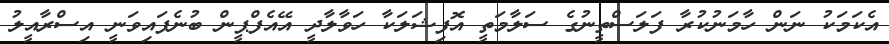
އެކަމަކު ނަން ހާމަނުކުރާ ފަލަސްތީނުގެ ސަލާމަތީ އޮފިޝަލަކާ ހަވާލާދީ އޭއެފްޕީން ބުނެފައިވަނީ އިސްރާއީލު